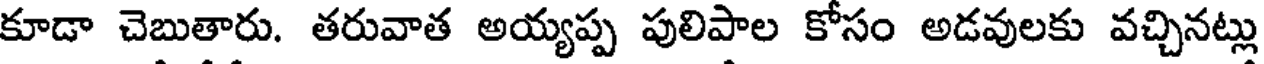
కూడా చెబుతారు. తరువాత అయ్యప్ప పులిపాల కోసం అడవులకు వచ్చినట్లు